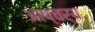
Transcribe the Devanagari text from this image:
आष्चर्य